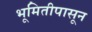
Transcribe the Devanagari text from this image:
भूमितीपासून